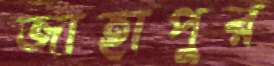
জাহাপুর